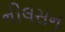
નીલસન